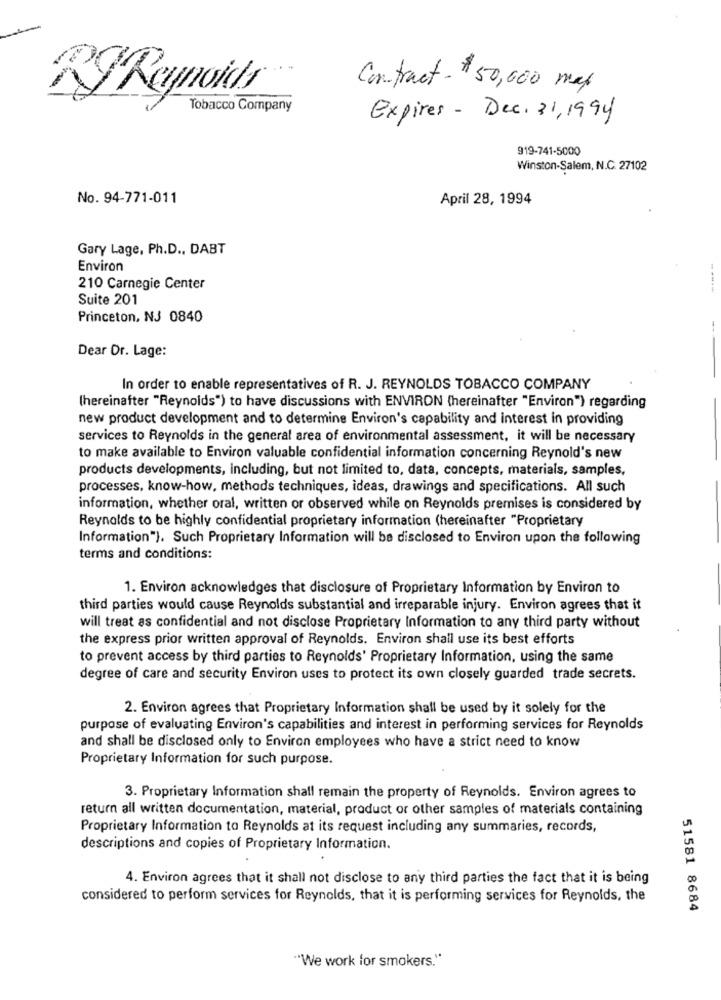
Contract - $ 50,000 mas
RgReynolds
Tobacco Company
Expires - Dec. 31,1994
919-741-5000
Winston-Salem, N.C. 27102
No. 94-771-011
April 28, 1994
Gary Lage, Ph.D ., DABT
Environ
210 Carnegie Center
-----
Suite 201
Princeton, NJ 0840
--
Dear Dr. Lage:
In order to enable representatives of R. J. REYNOLDS TOBACCO COMPANY
(hereinafter "Reynolds") to have discussions with ENVIRON (hereinafter "Environ") regarding
new product development and to determine Environ's capability and interest in providing
services to Reynolds in the general area of environmental assessment, it will be necessary
to make available to Environ valuable confidential information concerning Reynold's new
products developments, including, but not limited to, data, concepts, materials, samples,
processes, know-how, methods techniques, ideas, drawings and specifications. All such
information, whether oral, written or observed while on Reynolds premises is considered by
Reynolds to be highly confidential proprietary information (hereinafter "Proprietary
Information"). Such Proprietary Information will be disclosed to Environ upon the following
terms and conditions:
1. Environ acknowledges that disclosure of Proprietary Information by Environ to
third parties would cause Reynolds substantial and irreparable injury. Environ agrees that it
will treat as confidential and not disclose Proprietary Information to any third party without
the express prior written approval of Reynolds. Environ shall use its best efforts
to prevent access by third parties to Reynolds' Proprietary Information, using the same
degree of care and security Environ uses to protect its own closely guarded trade secrets.
2. Environ agrees that Proprietary Information shall be used by it solely for the
purpose of evaluating Environ's capabilities and interest in performing services for Reynolds
and shall be disclosed only to Environ employees who have a strict need to know
Proprietary Information for such purpose.
3. Proprietary Information shall remain the property of Reynolds. Environ agrees to
return all written documentation, material, product or other samples of materials containing
Proprietary Information to Reynolds at its request including any summaries, records,
descriptions and copies of Proprietary Information.
4. Environ agrees that it shall not disclose to any third parties the fact that it is being
considered to perform services for Reynolds, that it is performing services for Reynolds, the
51581 8684
"We work for smokers."